Vao_vallavalitsus, lk 15
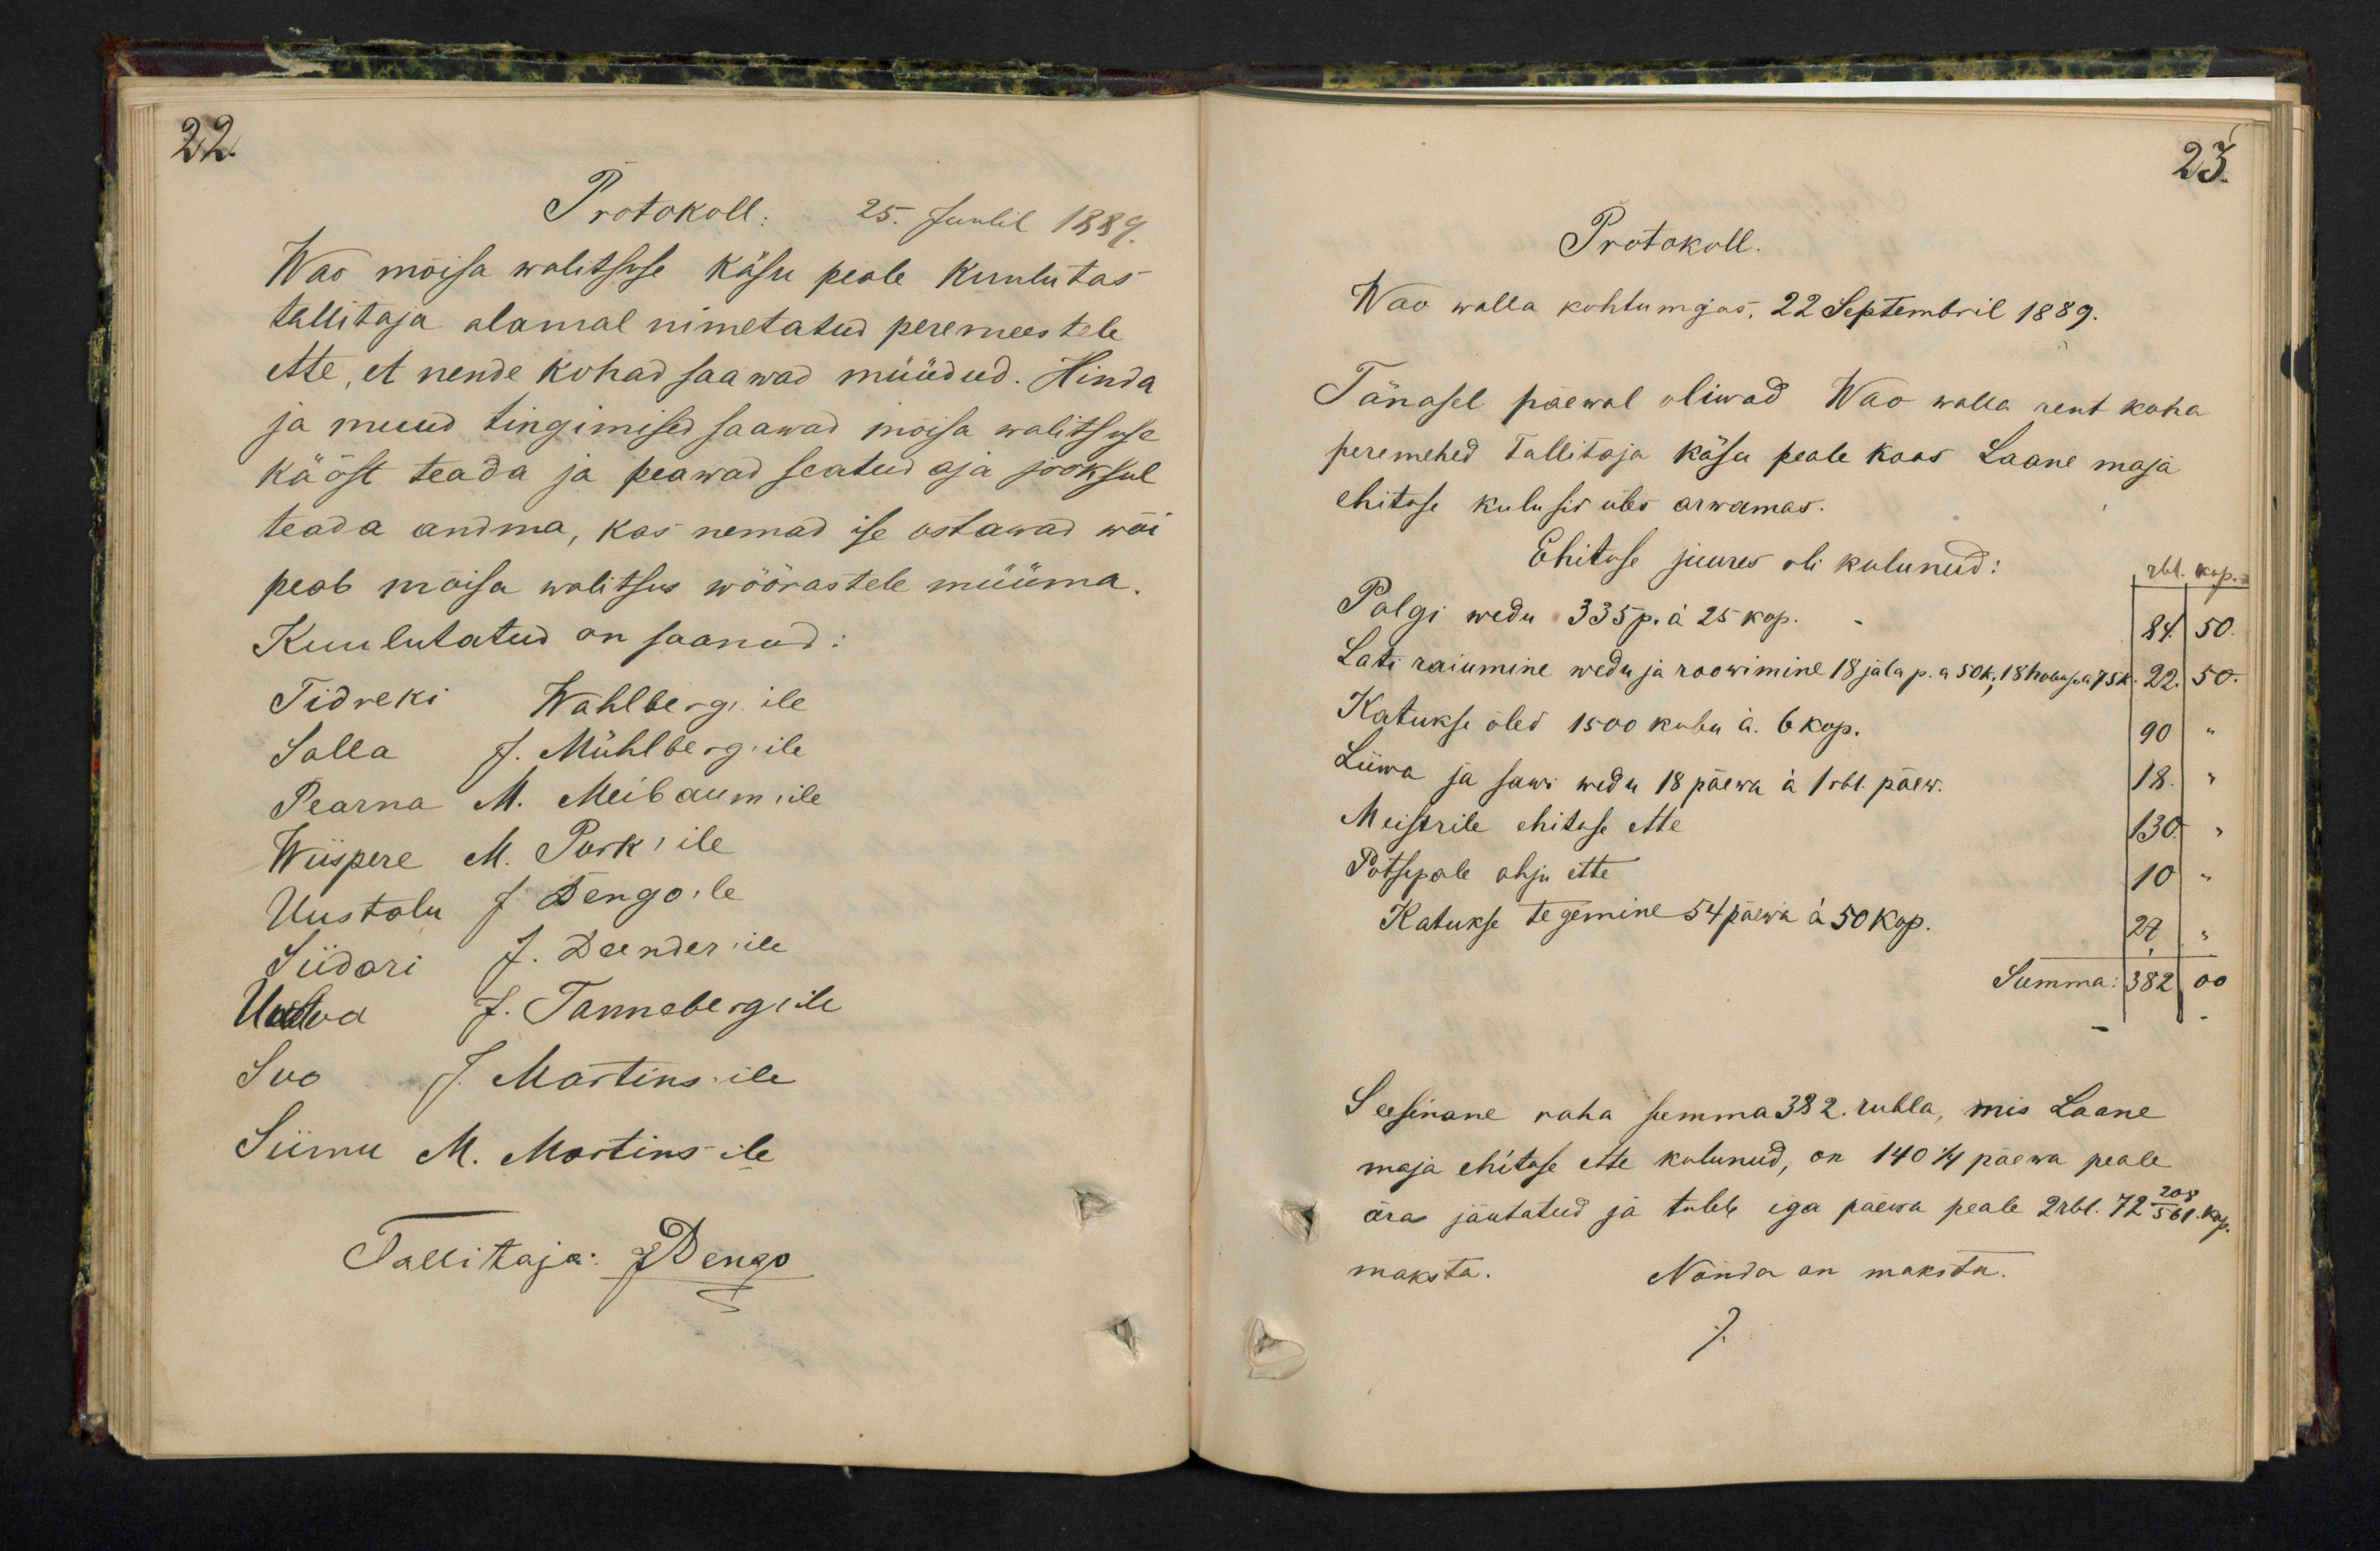
22.
Protokoll: 25. Juulil 1889.
Wao mõisa walitsuse käsu peale kuulutas
tallitaja alamal nimetatud peremeestele
ette, et nende kohad saawad müüdud. Hinda
ja muud tingimised saawad mõisa walitsuse
käöst teada ja peawad seatud aja jooksul
teada andma, kas nemad ise ostawad wõi
peab mõisa walitsus wõõrastele müüma.
Kuulutatud on saanud:
Tidreki Wahlberg'ile
Salla J. Mühlberg´ile
Pearna M. Meibaum`ile
Wiispere M. Purk'ile
Uustalu J. Dengo'le
Siidori J. Deender'ile
Uulva J. Tanneberg`ile
Suo J. Martins`ile
Siimu M. Martins`ile
Tallitaja: J Dengo

23.
Protokoll.
Wao walla kohtumajas. 22 Septembril 1889.
Tänasel päewal oliwad Wao walla rent koha
peremehed Tallitaja käsu peale koos Laane maja
ehitose kulusis üles arwamas.
Ehituse juures oli kulunud:
rbl. kop.
Palgi wedu 335 p. á 25 kop. 84. 50.
Lati raiumine wedu ja roowimine 18 jala p. á 50 k. 18 hobuse a 75 k. 22. 50
Katukse õled 1500 kubu a. 6 kop. 90 "
Liiwa ja sawi wedu 18 päewa á 1 rbl. päev. 18. "
Meistrile ehituse ette 130 "
Potsepale ahju ette 10 "
Katukse tegemine 54 päewa á 50 kop. 27
Summa: 382 00
Seesinane raha summa 382 rubla, mis Laane
maja ehituse ette kulunud, on 140 1/4 päewa peale
ära jäutatud ja tuleb iga päewa peale 2 rbl. 72 208/561 kop.
maksta. Nõnda on makstu.